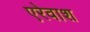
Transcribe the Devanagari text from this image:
एरेवाश